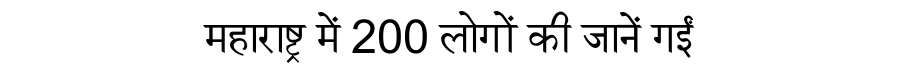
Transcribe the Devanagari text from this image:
महाराष्ट्र में 200 लोगों की जानें गईं